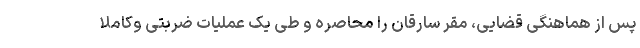
پس از هماهنگی قضایی، مقر سارقان را محاصره و طی یک عملیات ضربتی وکاملا